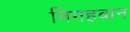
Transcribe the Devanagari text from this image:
निगहबान